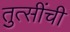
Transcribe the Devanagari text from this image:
तुत्‍सींची